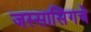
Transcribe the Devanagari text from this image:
जस्सासिंगचे